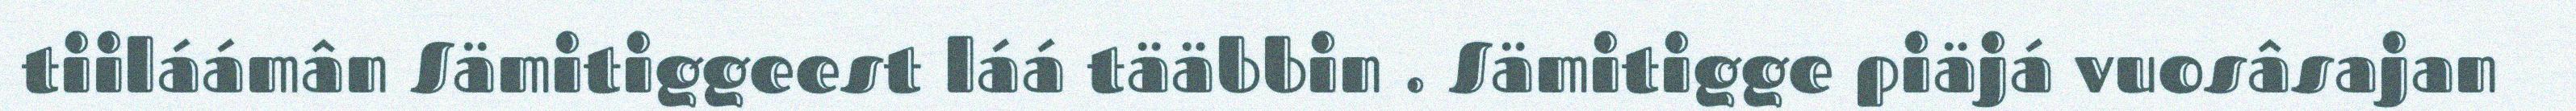
tiiláámân Sämitiggeest láá tääbbin . Sämitigge piäjá vuosâsajan